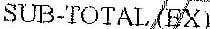
SUB-TOTAL (EX)